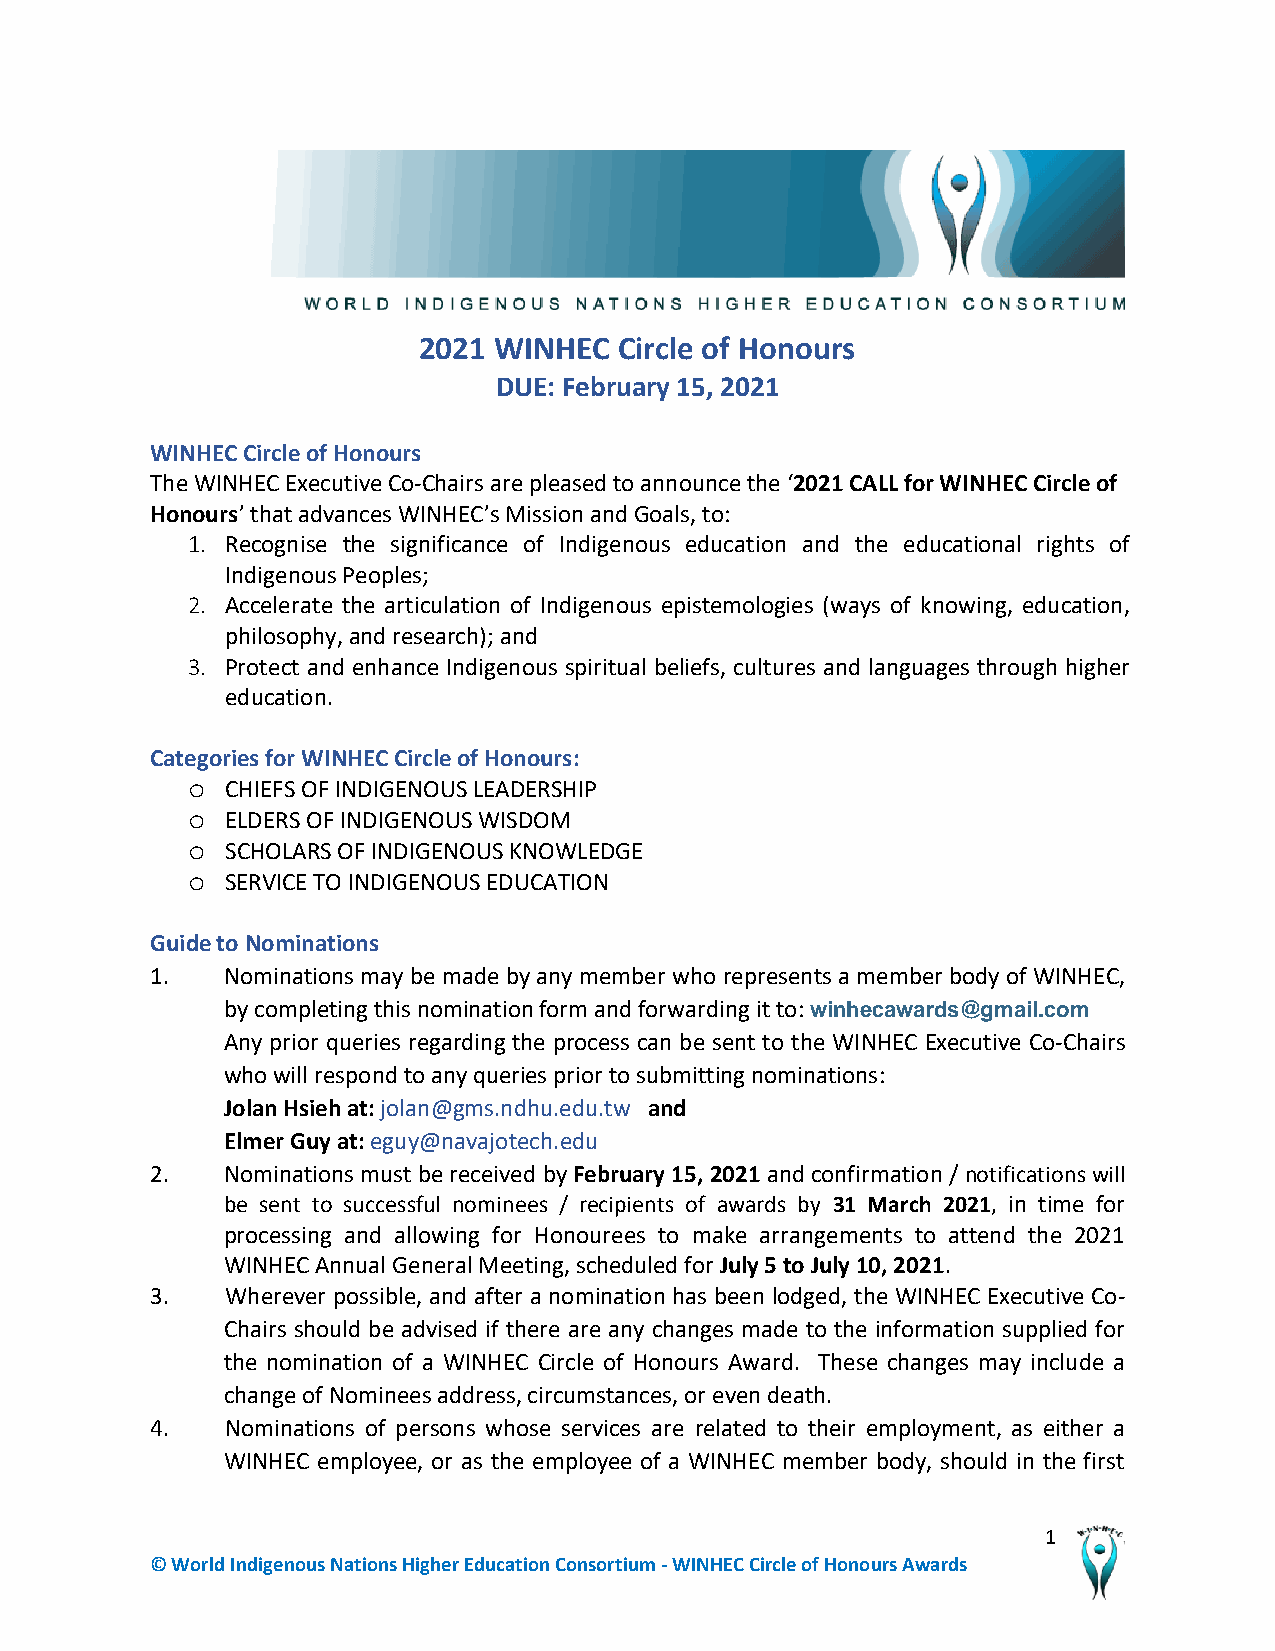
2021 WINHEC  Circle of Honours
 DUE: February 15, 2021
 WINHEC Circle of Honours
 The WINHEC Executive Co-Chairs are pleased to announce the ‘2021 CALL for WINHEC Circle of
 Honours’ that advances WINHEC’s Mission and Goals, to:
 1. Recognise the significance of Indigenous education and the educational rights of
 Indigenous Peoples;
 2. Accelerate the articulation of Indigenous epistemologies (ways of knowing, education,
 philosophy, and research); and
 3. Protect and enhance Indigenous spiritual beliefs, cultures and languages through higher
 education.
 Categories for WINHEC Circle of Honours:
 o  CHIEFS OF INDIGENOUS LEADERSHIP
 o  ELDERS OF INDIGENOUS WISDOM
 o  SCHOLARS OF INDIGENOUS KNOWLEDGE
 o  SERVICE TO INDIGENOUS EDUCATION
 Guide to Nominations
 1.   Nominations may be made by any member who represents a member body of WINHEC,
 by completing this nomination form and forwarding it to: winhecawards@gmail.com
 Any prior queries regarding the process can be sent to the WINHEC Executive Co-Chairs
 who will respond to any queries prior to submitting nominations:
 Jolan Hsieh at: jolan@gms.ndhu.edu.tw and
 Elmer Guy at: eguy@navajotech.edu
 2.   Nominations must be received by February 15, 2021 and confirmation / notifications will
 be sent to successful nominees / recipients of awards by 31 March 2021, in time for
 processing and allowing for Honourees to make arrangements to attend the 2021
 WINHEC Annual General Meeting, scheduled for July 5 to July 10, 2021.
 3.   Wherever possible, and after a nomination has been lodged, the WINHEC Executive Co-
 Chairs should be advised if there are any changes made to the information supplied for
 the nomination of a WINHEC Circle of Honours Award. These changes may include a
 change of Nominees address, circumstances, or even death.
 4.   Nominations of persons whose services are related to their employment, as either a
 WINHEC employee, or as the employee of a WINHEC member body, should in the first
 1
 © World Indigenous Nations Higher Education Consortium - WINHEC Circle of Honours Awards